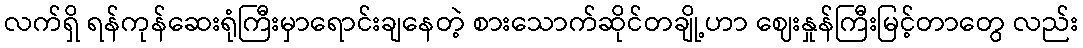
လက်ရှိ ရန်ကုန်ဆေးရုံကြီးမှာရောင်းချနေတဲ့ စားသောက်ဆိုင်တချို့ဟာ ဈေးနှုန်ကြီးမြင့်တာတွေ လည်း